Parnu_kinnistusamet, lk 46
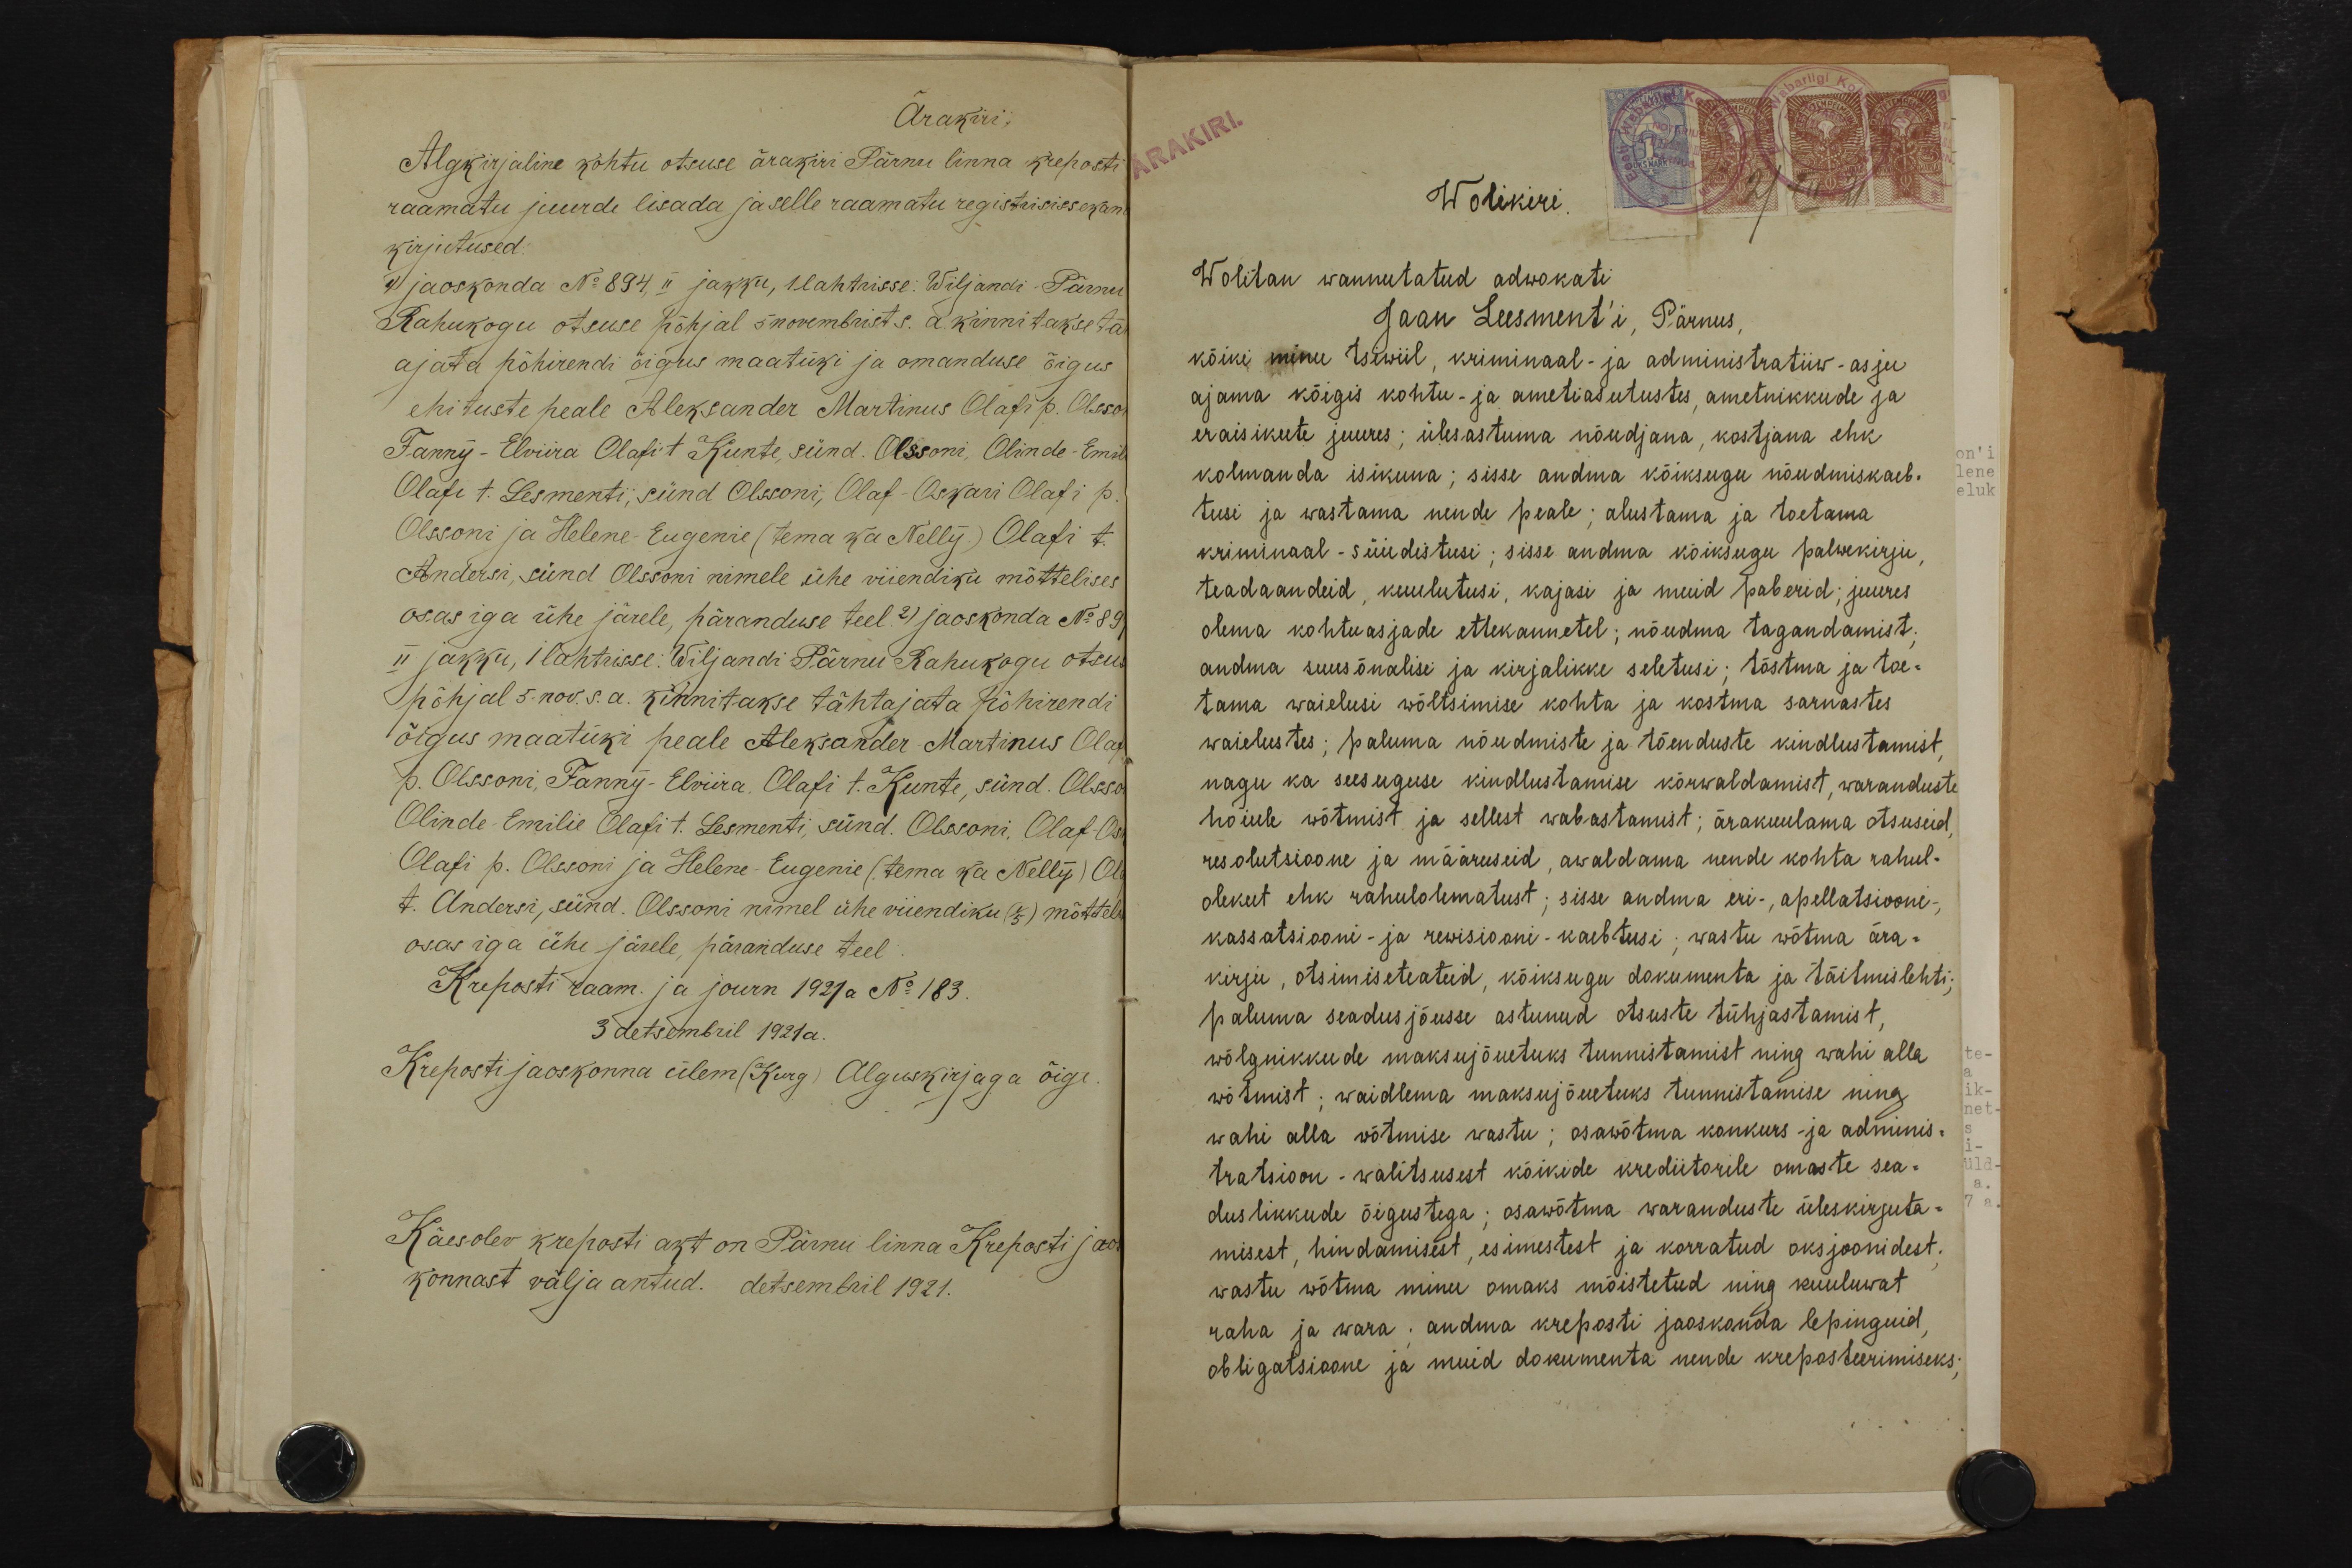
Ärakiri
Algkirjaline kohtu otsuse ärakiri Pärnu linna kreposti
raamatu juurde lisada ja selle raamatu registrisissekan
kirjutused:
1 jaoskonda No 894, II jakku, 1 lahtrisse: Wiljandi-Pärnu
Rahukogu otsuse põhjal 5 novembrist s. a. kinnitakse tä
ajata põhirendi õigus maatüki ja omanduse õigus
ehituste peale Aleksander Martinus Olafi p. Olsso
Fanny-Elviira Olafi t. Kunte, sünd. Olssoni, Olinde-Emil
Olafi t. Lesmenti, sünd Olssoni, Olaf-Oskari Olafi p.
Olssoni ja Helene-Eugenie (tema ka Nelly.) Olafi t.
Andersi, sünd Olssoni nimele ühe viiendiku mõttelises
osas iga ühe järele, päranduse teel. 2) jaoskonda No 89
II jakku, 1 lahtrisse: Wiljandi Pärnu Rahukogu otsus
põhjal 5. nov. s.a. kinnitakse tähtajata põhirendi
õigus maatüki peale Aleksander Martinus Olafi
p. Olssoni, Fanny-Elviira. Olafi t. Kunte, sünd. Olsso
Olinde-Emilie Olafi t. Lesmenti, sünd. Olssoni, Olaf-Osk
Olafi p. Olssoni ja Helene-Eugenie (tema ka Nelly) Ol
t. Andersi, sünd. Olssoni nimel ühe viiendiku (5) mõttele
osas iga ühe järele, päranduse teel.
Kreposti raam. ja journ 1921 a No 183.
3 detsembril 1921 a.
Kreposti jaoskonna ülem (Kurg) Alguskirjaga õige
Käesolev kreposti akt on Pärnu linna Kreposti jao
konnast välja antud. detsembril 1921.

Wolikiri
Wolitan wannutatud adwokati
Jaan Leesment'i, Pärnus,
kõiki minu tsiwiil, kriminaal- ja administratiiw-asju
ajama kõigis kohtu- ja ametiasutustes, ametnikkude ja
eraisikute juures; ülesastuma nõudjana, kostjana ehk
kolmanda isikuna; sisse andma kõiksugu nõudmiskaeb-
tusi ja wastama nende peale; alustama ja toetama
kriminaal-süüdistusi; sisse andma kõiksugu palwekirju
teadaandeid, kuulutusi, kajasi ja muid paberid; juures
olema kohtuasjade ettekannetel; nõudma tagandamist;
andma suusõnalisi ja kirjalikke seletusi; tõstma ja toe-
tama waielusi wõltsimise kohta ja kostma sarnastes
waielustes; paluma nõudmiste ja tõenduste kindlustamist,
nagu ka seesuguse kindlustamise kõrwaldamist, waranduste
hoiule wõtmist ja sellest wabastamist; ärakuulama otsuseid
resolutsioone ja määruseid, awaldama nende kohta rahul-
olekut ehk rahulolematust; sisse andma eri-, apellatsiooni-,
kassatsiooni- ja rewisiooni - kaebtusi; wastu wõtma ära-
kirju, otsimiseteateid, kõiksugu dokumenta ja täitmislehti;
paluma seadusjõusse astunud otsuste tühjastamist,
wõlgnikkude maksujõuetuks tunnistamist ning wahi alla
wõtmist; waidlema maksujõuetuks tunnistamise ning
wahi alla wõtmise wastu; osawõtma konkurs- ja adminis-
tratsioon-walitsusest kõikide krediitorile omaste sea-
duslikkude õigustega; osawõtma waranduste üleskirjuta-
misest, hindamisest, esimestest ja korratud oksjoonidest;
wastu wõtma minu omaks mõistetud ning kuuluwat
raha ja wara; andma kreposti jaoskonda lepinguid
obligatsioone ja muid dokumenta nende kreposteerimiseks;